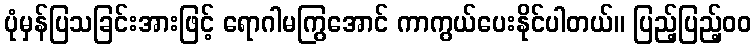
ပုံမှန်ပြသခြင်းအားဖြင့် ရောဂါမကြွအောင် ကာကွယ်ပေးနိုင်ပါတယ်။ ပြည့်ပြည့်ဝဝ